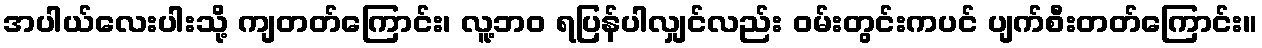
အပါယ်လေးပါးသို့ ကျတတ်ကြောင်း၊ လူ့ဘဝ ရပြန်ပါလျှင်လည်း ဝမ်းတွင်းကပင် ပျက်စီးတတ်ကြောင်း။